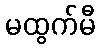
မထွက်မီ